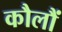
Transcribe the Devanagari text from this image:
कौलौं